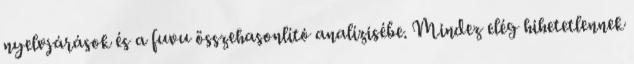
nyelvjárások és a fuvu összehasonlító analízisébe. Mindez elég hihetetlennek